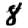
Digit: 8